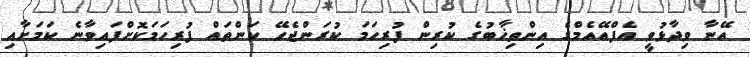
އޭނާ ވިދާޅުވީ އެފްއޭއެމްގެ އިންތިޚާބުގެ ކުރިން ފުރިހަމަ ކުރަންޖެހޭ ކަންތައް ފުރިހަމަކޮށްފައިވާނެ ކަމަށާއި